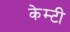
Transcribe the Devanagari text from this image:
केम्टी